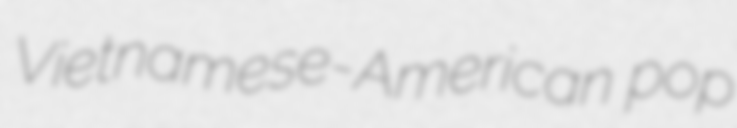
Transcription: Vietnamese-American pop